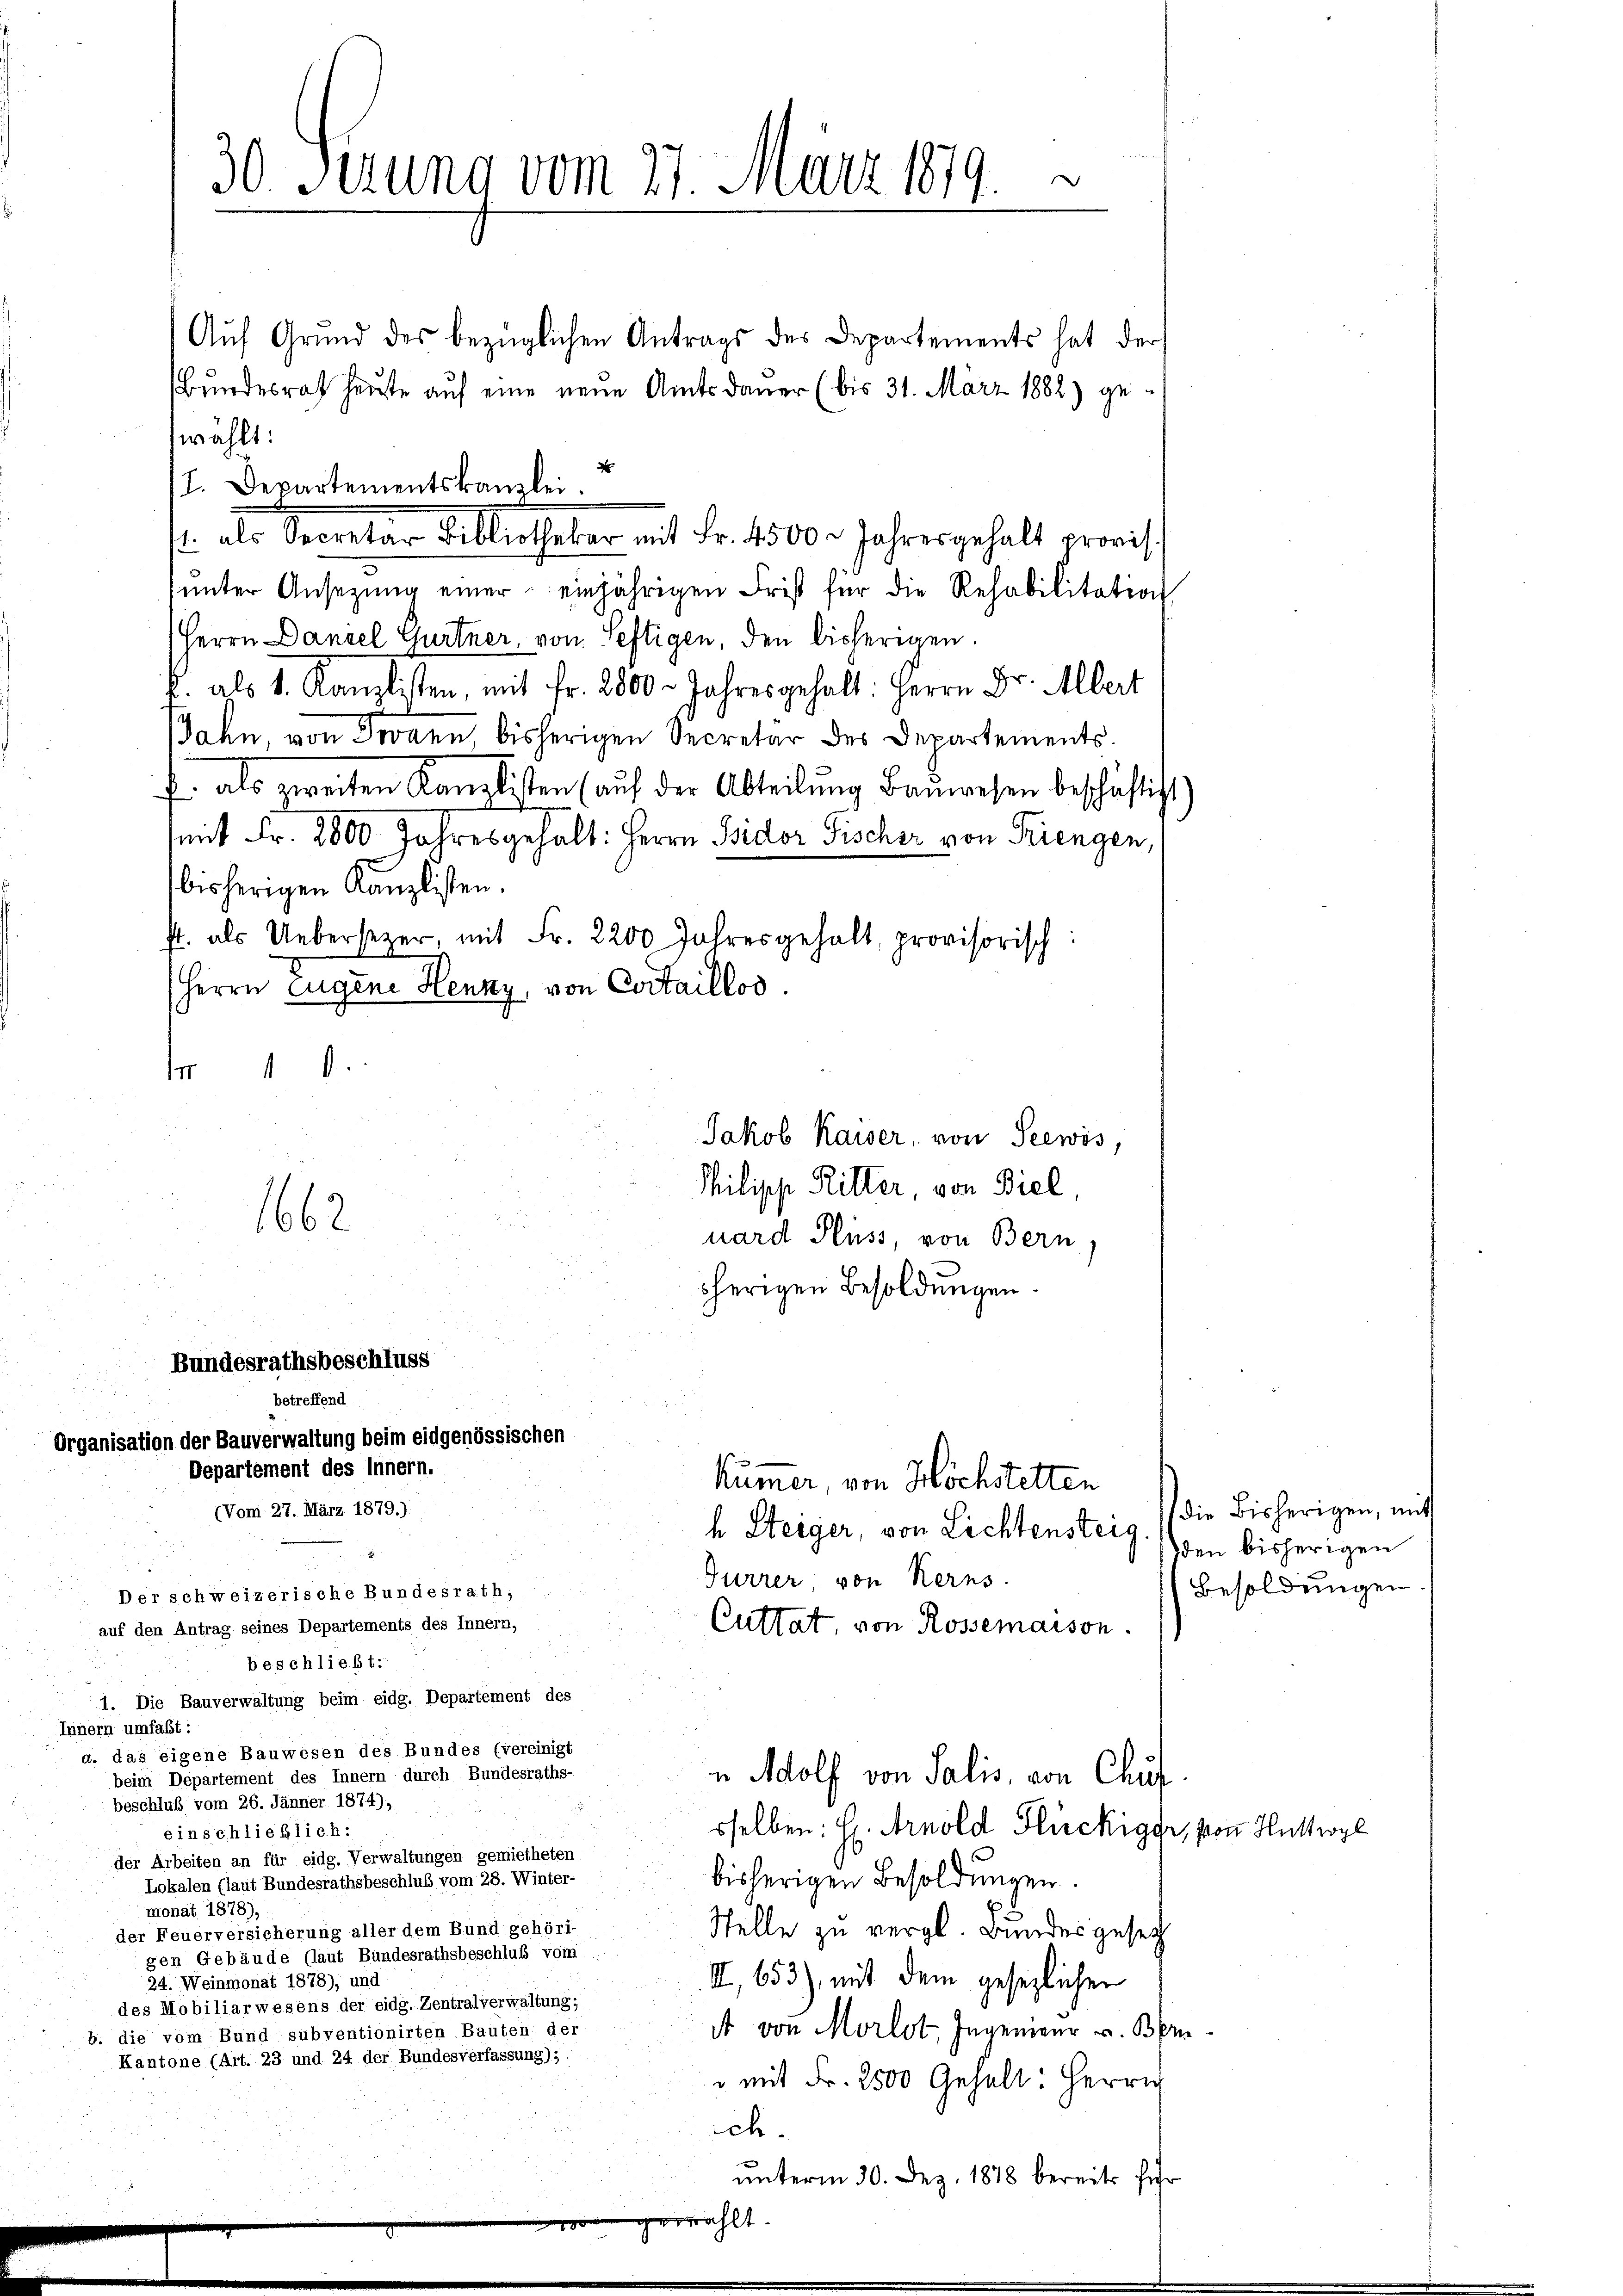
¬
30 Serung vom 27. März 1879.

Auf Grund des bezüglichen Antrags des Departements hat der
Bundesrath heute auf eine neue Amtsdauer (bis 31. März 1882) ge-
wählt:
I. Departementskanzlei.
s. als Secretar Billiotheker mit Fr. 1500. Jahres gehalt erwachŭnter Ansetzŭng einer einjährigen Frist für die Rehabilitation
Herrn Daniel Gurtner, von Seftigen, den bisherigen.
f. als 1. Kanzlisten, mit Fr. 2800. Jahresgehalt: Herrn Dr. Albert
Jahn, von Jovann, bisherigen Secretär des Departements.
f. als zweiten Kanzlisten (auf der Abteilŭng Baŭwesen beschäftigt
mit Fr. 2800 Jahresgehalt: Herrn Bidor Fischer von Triengen,
bisherigen Kanzlisten.
st. als Uebersezer, mit Fr. 2200 Jahresgehalt, provisorisch:
Herrn Eugene Henny, von Certaillos.
M 1
Philipp Ritter von Biel,
1662
uard Pluss, von Bern,
herigen Besoldungen.
Bundesrathsbeschluss
betreffend
Organisation der Bauverwaltung beim eidgenössischen
Departement des Innern.
kümmer, von Höchstetten
(Von 27. März 1879.)
h Steiger, von Lichtensteig. (den bisherigen
Gurrer, von Kerns.
Der schweizerische Bundesrath,
Cuttat von Rossemaison.
auf den Antrag seines Departements des Innern,
beschließt:
1. Die Bauverwaltung beim eidg. Departement des
Innern umfaßt:
d. das eigene Bauwesen des Bundes (vereinigt
beim Departement des Innern durch Bundesraths-
n Adolf von Salis, von Chuf.
beschluß vom 26. Jänner 1874),
sselben: H. Arnold Glückiggi, von Huttwyl
einschließlich:
der Arbeiten an für eidg. Verwaltungen gemietheten
bisherigen Besoldungen.
Lokalen (laut Bundesrathsbeschluß vom 28. Winter-
monat 1878),
Stelle zu vergl. Bundesgeset
der Feuerversicherung aller dem Bund gehöri-
gen Gebäude (laut Bundesrathsbeschluß vom
II, 653), mit dem gesezlichen
24. Weinmonat 1878), und
des Mobiliarwesens der eidg. Zentralverwaltung;
A von Morlot, Ingenieur v. Ben
b. die vom Bund subventionirten Bauten der
Kantone (Art. 23 und 24 der Bundesverfassung);
 mit Fr. 2500 Gehalt: Herrn
ich.
unterm 30. Dez. 1878 bereits für

d

Jakob Kaiser, von Seewis,

ählt.

die Bisherigen, mit
Besoldungen

1